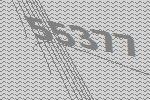
55377